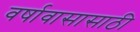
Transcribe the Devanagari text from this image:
वर्षावासासाठी